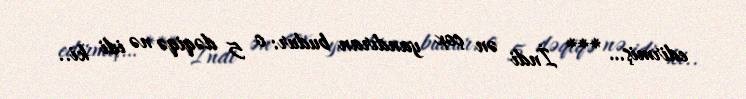
edirmiş… *** İndi ən çox yandıran budur: o 5 dəqiqə nə idi ki..